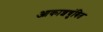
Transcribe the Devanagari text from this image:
आकाशचुंबित